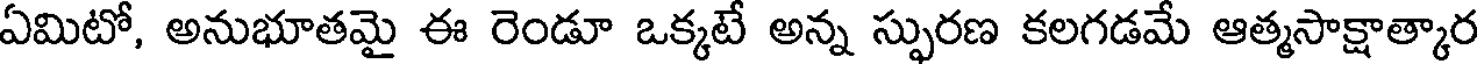
ఏమిటో, అనుభూతమై ఈ రెండూ ఒక్కటే అన్న స్ఫురణ కలగడమే ఆత్మసాక్షాత్కార